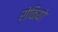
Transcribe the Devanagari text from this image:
रोकियो